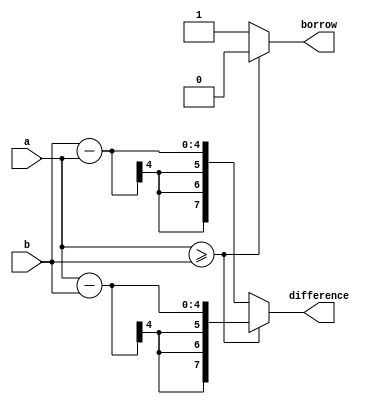
module subtractor(input [3:0] a, input [3:0] b, output [7:0] difference, output borrow);
   always @(*) begin
      if (a >= b) begin
		difference= a - b;
		borrow = 0;
		end else begin
		difference = b - a;
		borrow = 1;
		end
		end
endmodule